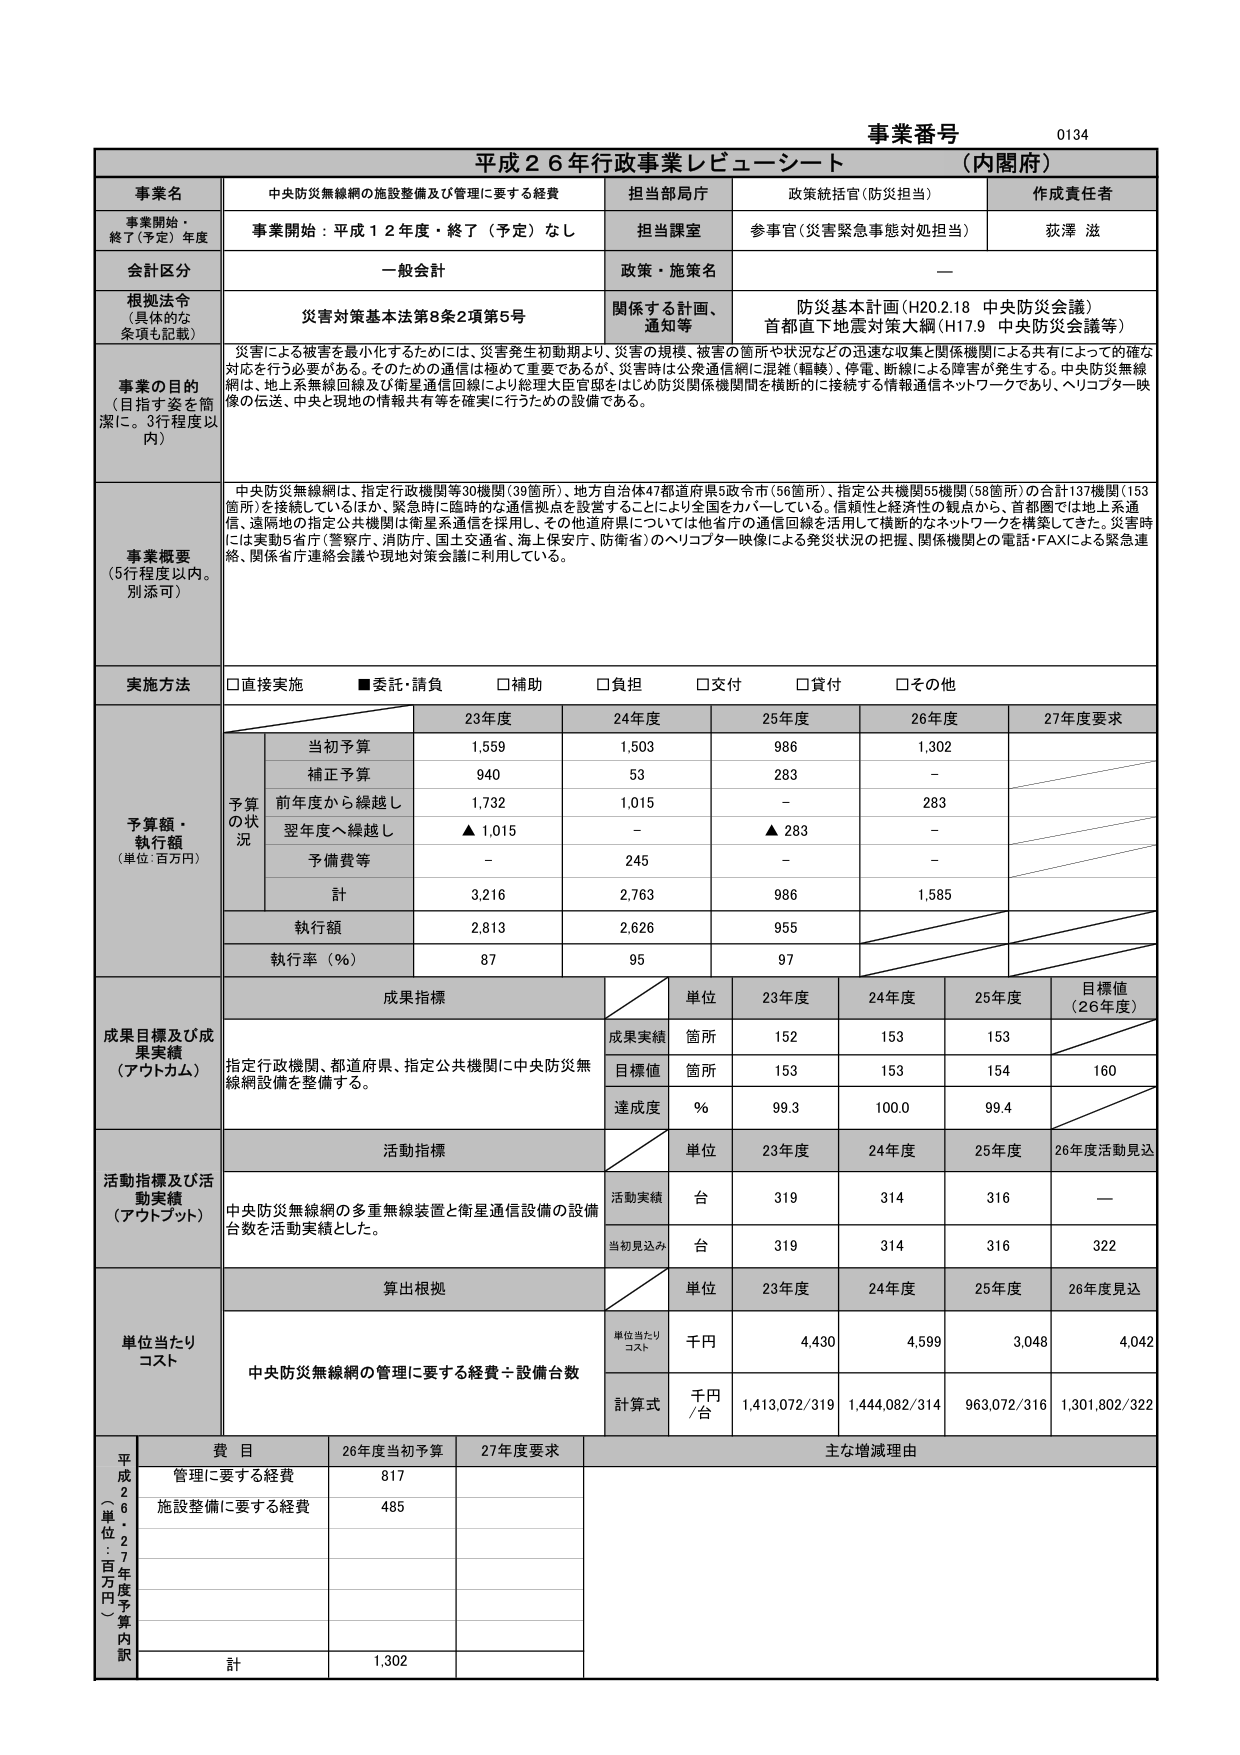
事業番号 0134
平成26年行政事業レビューーシート（内閣府）

事業名 中央防災無線網の施設整備及び管理に要する経費
担当部局庁 政策統括官（防災担当）
作成責任者 荻澤 滋

事業開始・終了（予定）年度 事業開始：平成12年度・終了（予定）なし
担当課室 参事官（災害緊急事態対処担当）

会計区分 一般会計
政策・施策名 —

根拠法令（具体的な条項も記載） 災害対策基本法第8条2項第5号
関係する計画、通知等 防災基本計画（H20.2.18 中央防災会議）
首都直下地震対策大綱（H17.9 中央防災会議等）

事業の目的（目指す姿を簡潔に。3行程度以内）
災害による被害を最小化するためには、災害発生初動期より、災害の規模、被害の箇所や状況などの迅速な収集と関係機関による共有によっての確な対応を行う必要がある。そのための通信は極めて重要であるが、災害時は公衆通信網に混雑（輻輳）、停電、断線による障害が発生する。中央防災無線網は、地上系無線回線及び衛星通信回線により総理大臣官邸をはじめ防災関係機関間を横断的に接続する情報通信ネットワークであり、ヘリコプター映像の伝送、中央と現地の情報共有等を確実に行うための設備である。

事業概要（5行程度以内。別添可）
中央防災無線網は、指定行政機関等30箇所（39箇所）、地方自治体47都道府県5政令市（56箇所）、指定公共機関55機関（58箇所）の合計137機関（153箇所）を接続しているほか、緊急時に臨時的な通信拠点を設営することにより全国をカバーしている。信頼性と経済性の観点から、首都圏では地上系通信、遠隔地の指定公共機関は衛星系通信を採用し、その他道府県については他省庁の通信回線を活用して横断的なネットワークを構築してきた。災害時には実動5省庁（警察庁、消防庁、国土交通省、海上保安庁、防衛省）のヘリコプター映像による発災状況の把握、関係機関との電話・FAXによる緊急連絡、関係省庁連絡会議や現地対策会議に利用している。

実施方法 □直接実施 ■委託・請負 □補助 □負担 □交付 □貸付 □その他

予算額・執行額（単位：百万円）
予算の状況
当初予算 23年度 1,559 24年度 1,503 25年度 986 26年度 1,302 27年度要求
補正予算 940 53 283 —
前年度から繰越し 1,732 1,015 — 283
翌年度へ繰越し ▲1,015 — ▲283 —
予備費等 — 245 — —
計 3,216 2,763 986 1,585
執行額 2,813 2,626 955
執行率（％） 87 95 97

成果目標及び成果実績（アウトカム）
成果指標
単位 23年度 24年度 25年度 目標値（26年度）
成果実績 箇所 152 153 153
目標値 箇所 153 153 154 160
達成度 ％ 99.3 100.0 99.4

活動指標及び活動実績（アウトプット）
活動指標
単位 23年度 24年度 25年度 26年度活動見込
活動実績 台 319 314 316 —
当初見込み 台 319 314 316 322

単位当たりコスト
算出根拠
単位当たりコスト 千円 23年度 4,430 24年度 4,599 25年度 3,048 26年度見込 4,042
中央防災無線網の管理に要する経費÷設備台数
計算式 千円/台 1,413,072/319 1,444,082/314 963,072/316 1,301,802/322

平成26年度予算内訳（単位：百万円）
費目 26年度当初予算 27年度要求 主な増減理由
管理に要する経費 817
施設整備に要する経費 485
計 1,302